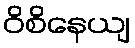
ဝိစိနေယျ